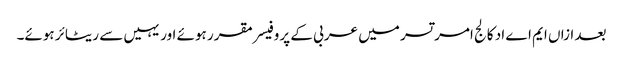
بعد ازاں ایم اے اد کالج امر تسر میں عربی کے پروفیسر مقرر ہوئے اور یہیں سے ریٹائر ہوئے۔